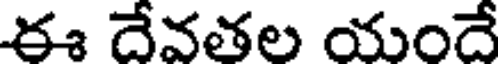
ఈ దేవతల యందే